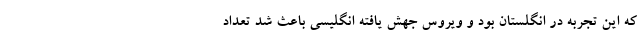
که این تجربه در انگلستان بود و ویروس جهش یافته انگلیسی باعث شد تعداد